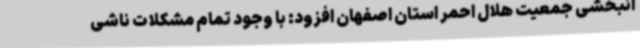
انبخشی جمعیت هلال احمر استان اصفهان افزود: با وجود تمام مشکلات ناشی